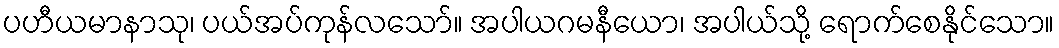
ပဟီယမာနာသု၊ ပယ်အပ်ကုန်လသော်။ အပါယဂမနီယော၊ အပါယ်သို့ ရောက်စေနိုင်သော။